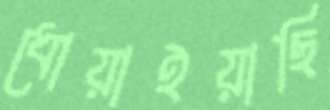
ধোয়াইয়াছি